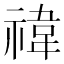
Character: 禕